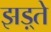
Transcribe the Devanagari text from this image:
झड़्ते